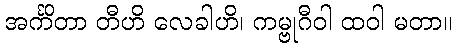
အင်္ကိတာ တီဟိ လေခါဟိ၊ ကမ္ဗုဂီဝါ ထဝါ မတာ။